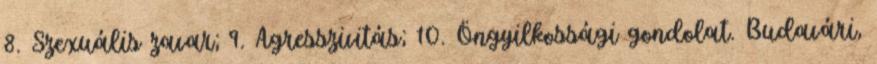
8. Szexuális zavar; 9. Agresszivitás; 10. Öngyilkossági gondolat. Budavári,